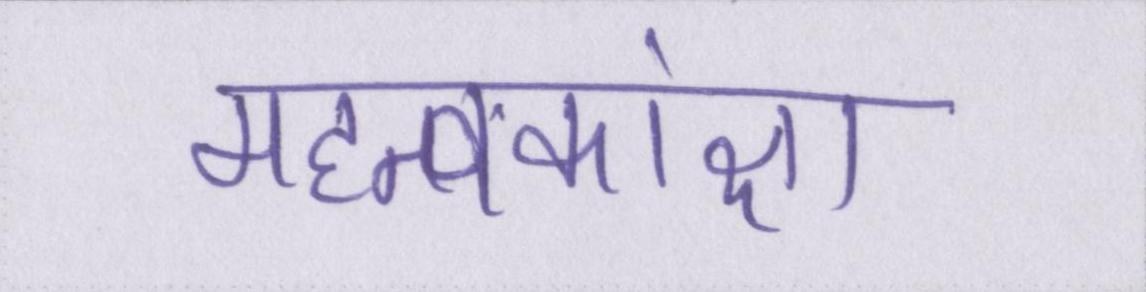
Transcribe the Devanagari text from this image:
महत्वकांक्षा